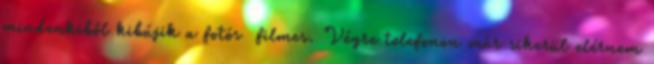
mindenkiből kibújik a fotós filmes. Végre telefonon már sikerül elérnem